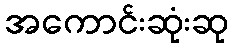
အကောင်းဆုံးဆု